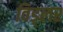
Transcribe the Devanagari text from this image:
विड्लर